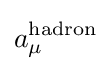
a_{\mu }^{\mathrm {hadron} }